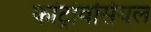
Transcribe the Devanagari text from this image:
कांट्रोवर्सियल